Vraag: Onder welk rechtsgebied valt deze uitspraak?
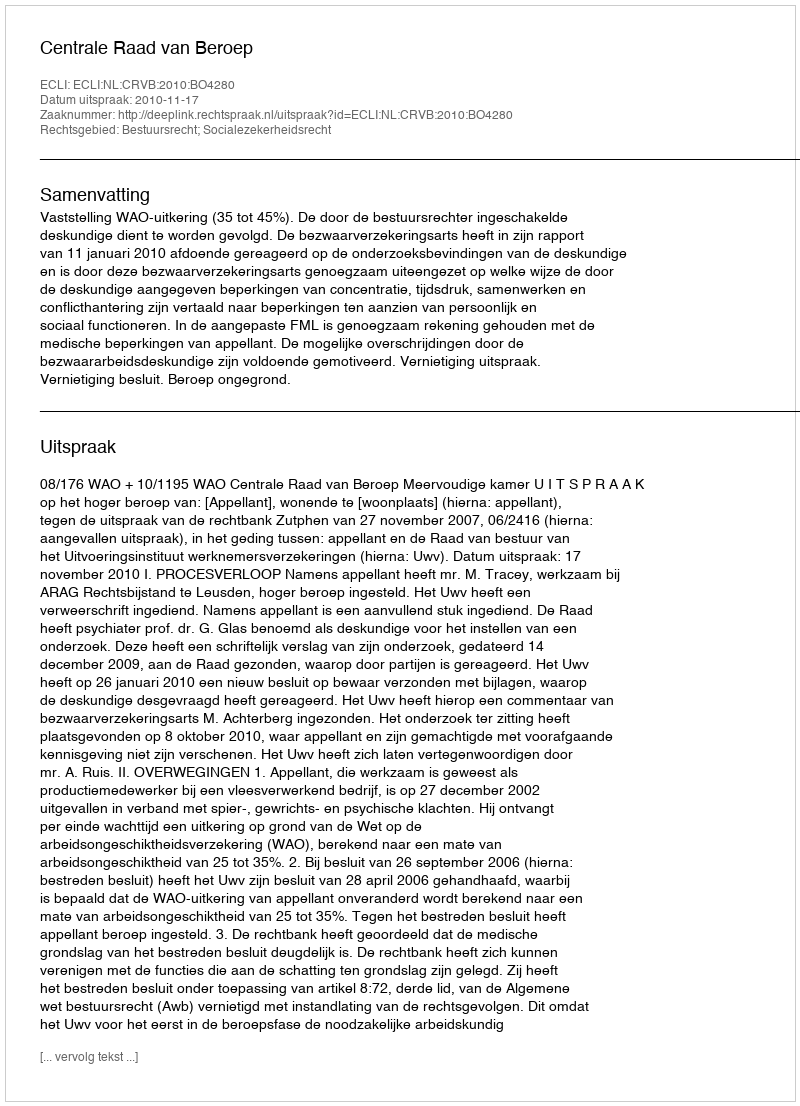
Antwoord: Bestuursrecht; Socialezekerheidsrecht